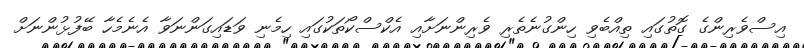
އިސްވެރިންގެ ގޮތުގައި ތިއްބެވި ހިންގުނެތެރި ވެރިންނަށާއި އެކްސްކޯތަކުގައި ހިމެނި ވަޑައިގަންނަވާ އެނެމެހާ ބޭފުޅުންނަށް